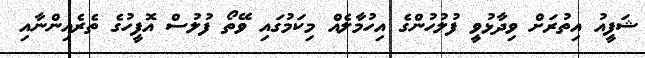
ޝަފީއު އިތުރަށް ވިދާޅުވީ ފުލުހުންގެ އިހުމާލެއް މިކަމުގައި ވޭތޯ ފުލުސް އޮފީހުގެ ތެރެއިންނާއި